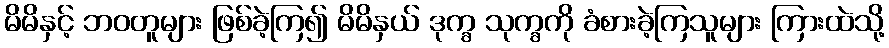
မိမိနှင့် ဘဝတူများ ဖြစ်ခဲ့ကြ၍ မိမိနှယ် ဒုက္ခ သုက္ခကို ခံစားခဲ့ကြသူများ ကြားထဲသို့